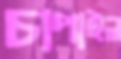
চাপাইল